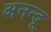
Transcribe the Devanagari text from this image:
अनन्‍दू